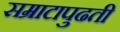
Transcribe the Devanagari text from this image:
सम्राटापुढती